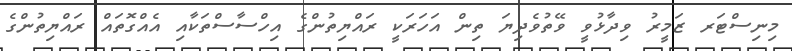
މިނިސްޓަރ ޒަމީރު ވިދާޅުވީ ވޭތުވެދިޔަ ތިން އަހަރަކީ ރައްޔިތުންގެ އިހްސާސްތަކާއި އެއްގޮތައް ރައްޔިތުންގެ